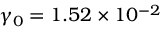
\gamma _ { 0 } = 1 . 5 2 \times { 1 0 ^ { - 2 } }